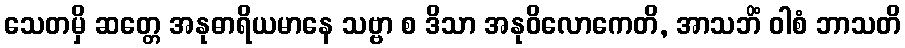
သေတမှိ ဆတ္တေ အနုဓာရိယမာနေ သဗ္ဗာ စ ဒိသာ အနုဝိလောကေတိ, အာသဘိံ ဝါစံ ဘာသတိ